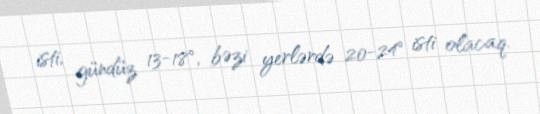
isti, gündüz 13-18°, bəzi yerlərdə 20-24° isti olacaq.